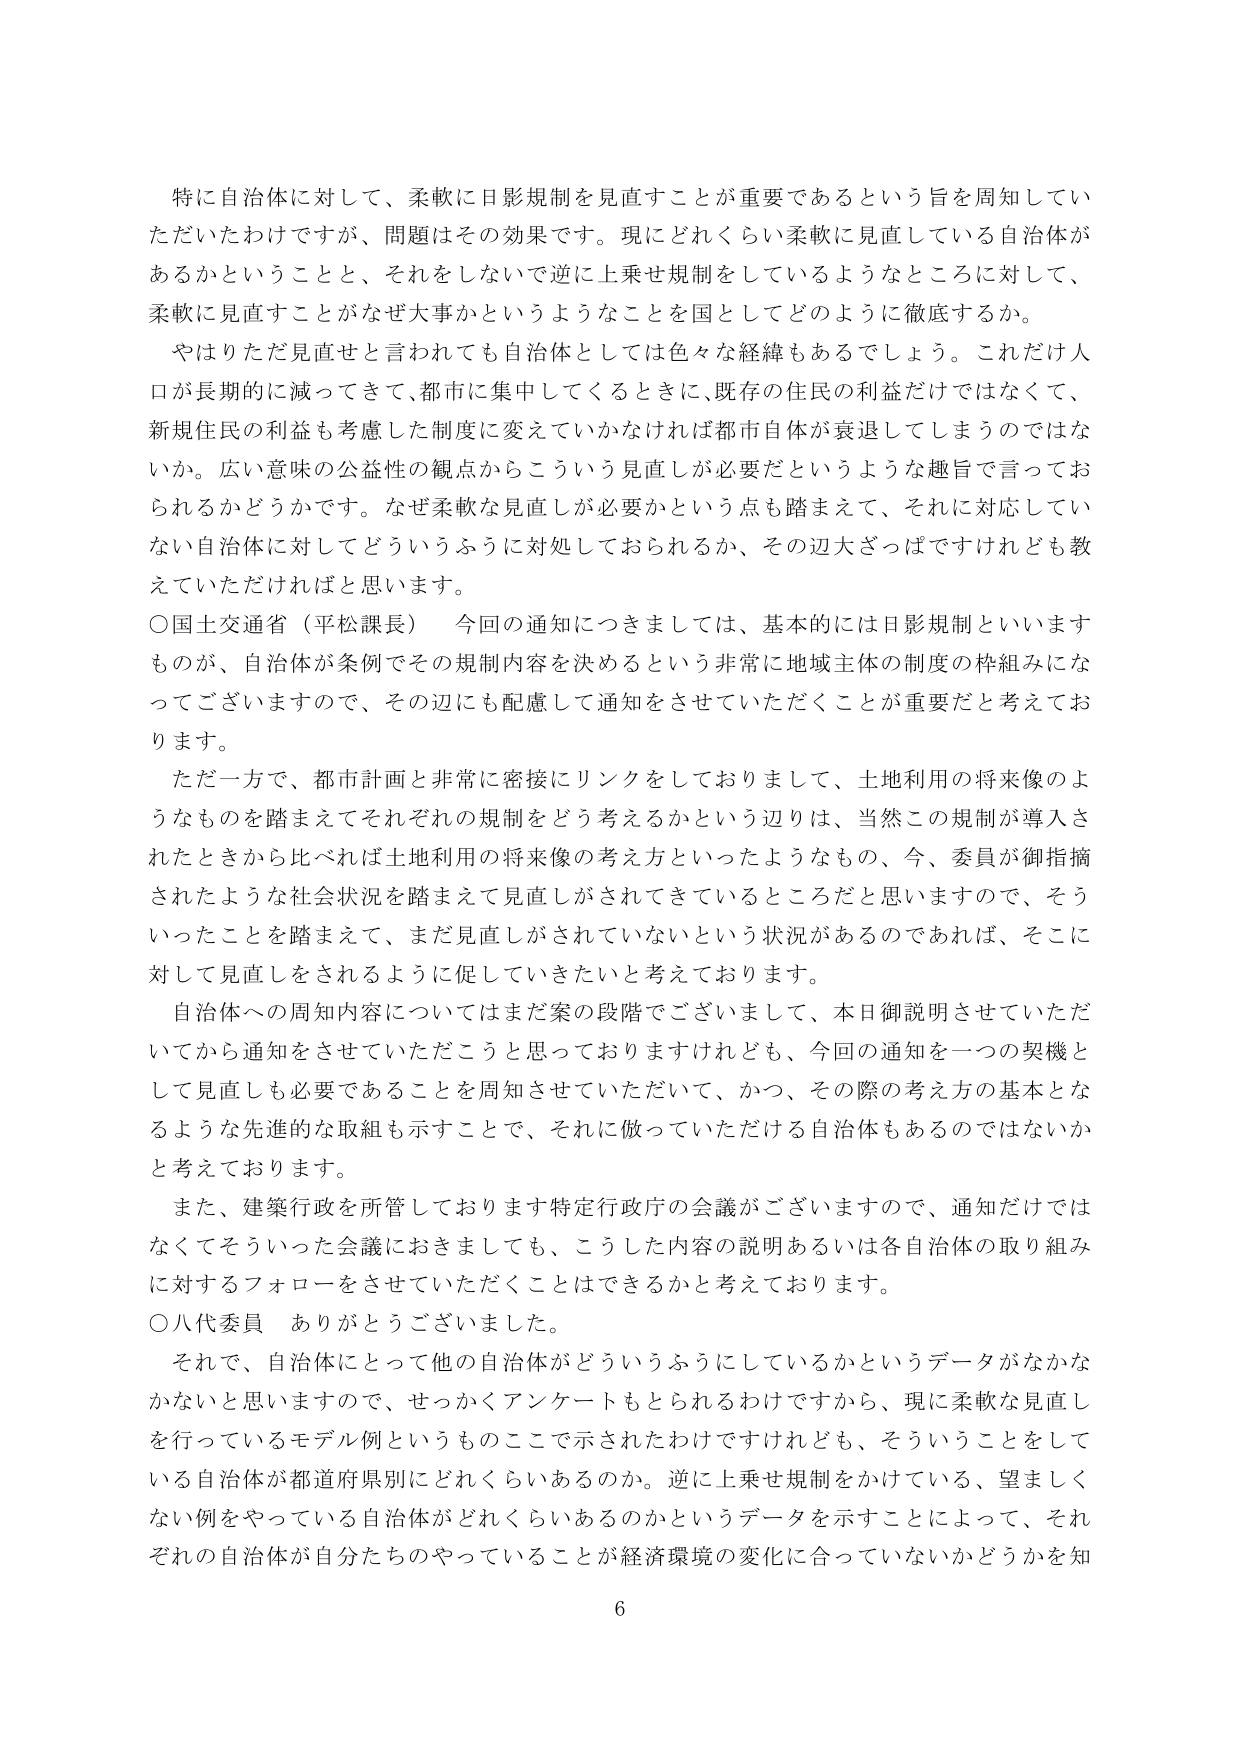
特に自治体に対して、柔軟に日影規制を見直すことが重要であるという旨を周知していただいただけですが、問題はその効果です。現にどれくらい柔軟に見直している自治体があるかということと、それをしないで逆に上乗せ規制をしているようなところに対して、柔軟に見直すことがなぜ大事かというようなことを国としてどのように徹底するか。

やはりただ見直せと言われても自治体としては色々な経緯もあるでしょう。これだけ人口が長期的に減ってきて、都市に集中してくるときに、既存の住民の利益だけではなくて、新規住民の利益も考慮した制度に変えていかなければ都市自体が衰退してしまうのではなかいか。広い意味の公益性の観点からこういう見直しが必要だというような趣旨で言っておられるかどうかです。なぜ柔軟な見直しが必要かという点も踏まえて、それに対応していない自治体に対してどういうふうに対処しておられるか、その辺大ざっぱですけれども教えていただければと思います。

○国土交通省（平松課長）　今回の通知につきましては、基本的には日影規制といいますものが、自治体が条例でその規制内容を決めるという非常に地域主体の制度の枠組みになってございますので、その辺にも配慮して通知をさせていただくことが重要だと考えております。

ただ一方で、都市計画と非常に密接にリンクをしておりまして、土地利用の将来像のようなものを踏まえてそれぞれの規制をどう考えるかという辺りは、当然この規制が導入されたときから比べれば土地利用の将来像の考え方といったようなもの、今、委員が御指摘されたような社会状況を踏まえて見直しがされてきているところだと思いますので、そういったことを踏まえて、まだ見直しがされていないという状況があるのであれば、そこに対して見直しをされるように促していきたいと考えております。

自治体への周知内容についてはまだ案の段階でございまして、本日御説明させていただいてから通知をさせていただくこうと思っておりますけれども、今回の通知を一つの契機として見直しも必要であることを周知させていただいて、かつ、その際の考え方の基本となるような先進的な取組も示すことで、それに倣っていただける自治体もあるのではないかと考えております。

また、建築行政を所管しております特定行政庁の会議がございますので、通知だけではなくてそういった会議におきましても、こうした内容の説明あるいは各自治体の取り組みに対するフォローをさせていただくことはできるかと考えております。

○八代委員　ありがとうございました。

それで、自治体にとって他の自治体がどういうふうにしているかというデータがなかなかないと思いますので、せっかくアンケートもとられるわけですから、現に柔軟な見直しを行っているモデル例というもののここで示されたわけですけれども、そういうことをしている自治体が都道府県別にどれくらいあるのか。逆に上乗せ規制をかけている、望ましくない例をやっている自治体がどれくらいあるのかというデータを示すことによって、それぞれの自治体が自分たちのやっていることが経済環境の変化に合っていないかどうかを知

6